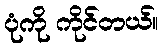
ပုံကို ကိုင်တယ်။